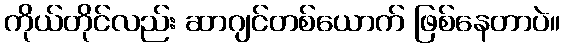
ကိုယ်တိုင်လည်း ဆာဂျင်တစ်ယောက် ဖြစ်နေတာပဲ။